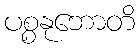
ပစ္စနုဘောတိ